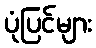
ပုံပြင်များ